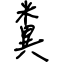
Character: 糞